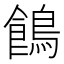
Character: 𪂾